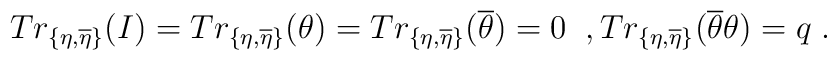
Tr_{\{\eta ,\overline{\eta }\}}(I)=Tr_{\{\eta ,\overline{\eta }\}}(\theta)=Tr_{\{\eta ,\overline{\eta }\}}(\overline{\theta })=0\;\;,Tr_{\{\eta ,\overline{\eta }\}}(\overline{\theta }\theta )=q \;.